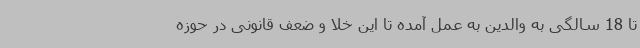
تا 18 سالگی به والدین به عمل آمده تا این خلا و ضعف قانونی در حوزه